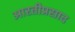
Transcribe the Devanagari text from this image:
आरतीप्रसाद